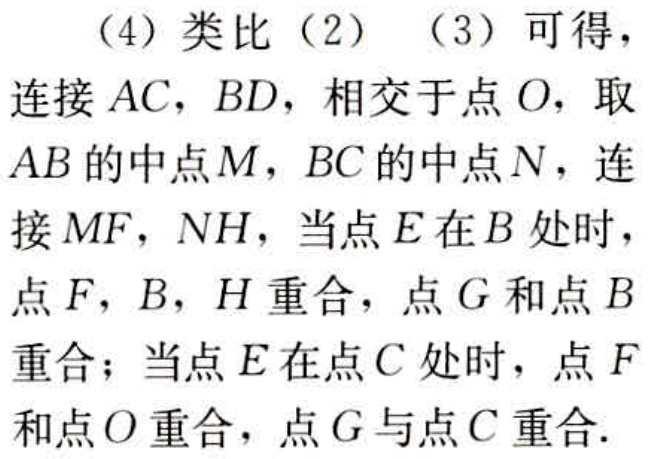
（4）类比（2）（3）可得，

连接 \(AC\)，\(BD\)，相交于点 \(O\)，取

\(AB\) 的中点 \(M\)，\(BC\) 的中点 \(N\)，连

接 \(MF\)，\(NH\)，当点 \(E\) 在 \(B\) 处时，

点 \(F\)，\(B\)，\(H\) 重合，点 \(G\) 和点 \(B\)

重合；当点 \(E\) 在点 \(C\) 处时，点 \(F\)

和点 \(O\) 重合，点 \(G\) 与点 \(C\) 重合.